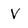
Character: V